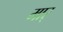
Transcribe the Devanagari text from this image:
मार्